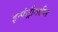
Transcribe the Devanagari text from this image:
इन्फंट्रीमधील